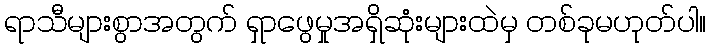
ရာသီများစွာအတွက် ရှာဖွေမှုအရှိဆုံးများထဲမှ တစ်ခုမဟုတ်ပါ။